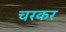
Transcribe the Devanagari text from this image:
चरकर